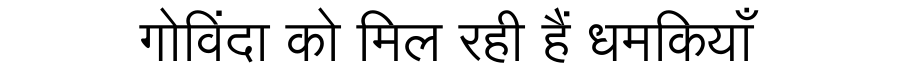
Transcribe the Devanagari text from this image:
गोविंदा को मिल रही हैं धमकियाँ